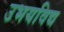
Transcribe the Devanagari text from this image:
उभयविद्य